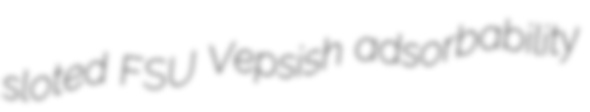
sloted FSU Vepsish adsorbability